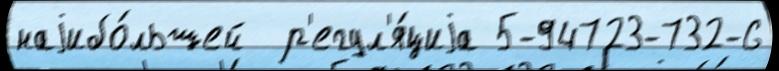
наjибо́льшей  р'егул'я́циjа 5-94723-732-6